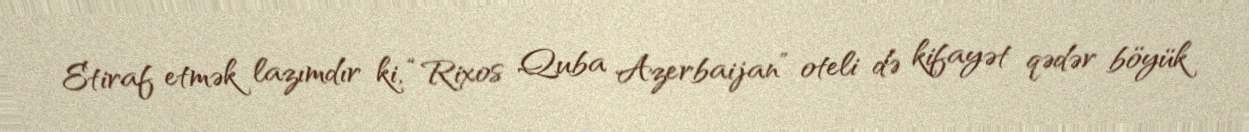
Etiraf etmək lazımdır ki, “Rixos Quba Azerbaijan” oteli də kifayət qədər böyük